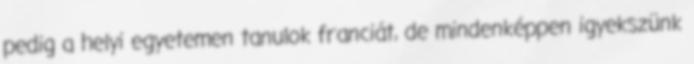
pedig a helyi egyetemen tanulok franciát, de mindenképpen igyekszünk